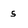
Character: s